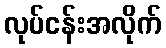
လုပ်ငန်းအလိုက်